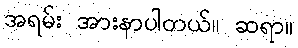
အရမ်း အားနာပါတယ်။ ဆရာ။